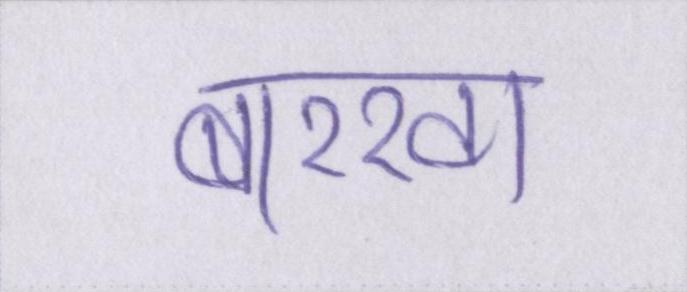
बरखा